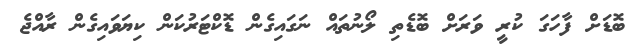
ބޮޑަށް ފާހަގަ ކުރީ ވަރަށް ބޮޑެތި ލޯނުތައް ނަގައިގެން ޑޮކްޓަރުކަން ކިޔަވައިގެން ރާއްޖެ